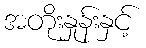
အတိုးနှုန်းနှင့်